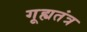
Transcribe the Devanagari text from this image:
गूह्यतंत्र